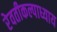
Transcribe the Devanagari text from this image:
रेवतीकल्पाध्याय